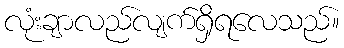
လုံးချာလည်လျက်ရှိရလေသည်။